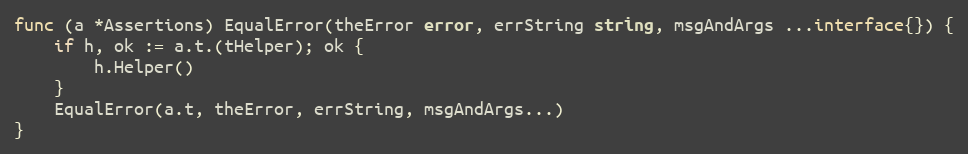
Language: Go
func (a *Assertions) EqualError(theError error, errString string, msgAndArgs ...interface{}) {
	if h, ok := a.t.(tHelper); ok {
		h.Helper()
	}
	EqualError(a.t, theError, errString, msgAndArgs...)
}